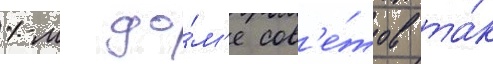
1-м до́м'е сов'е́тов та́к